Materia medica of Madras volume I
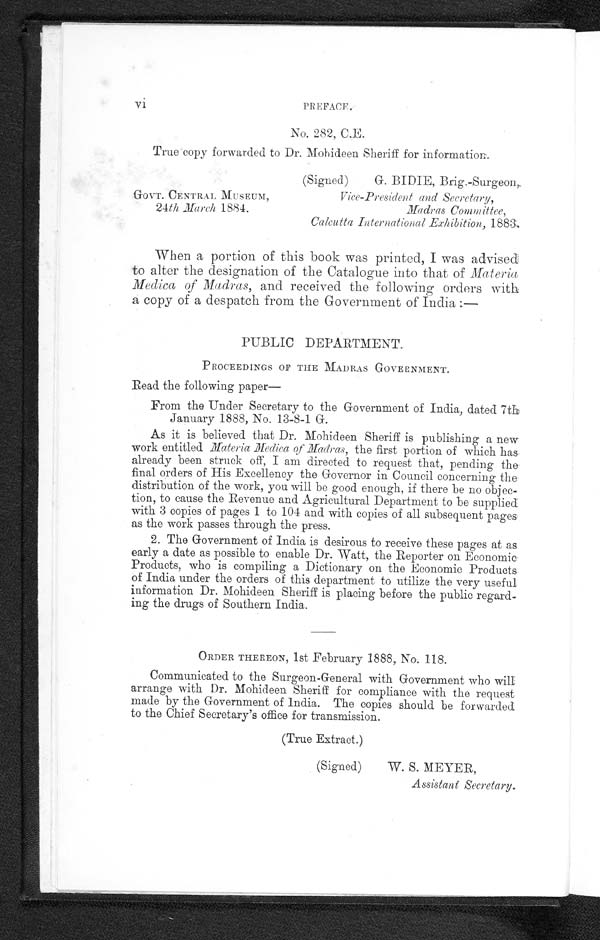
vi
PREFACE
.
No. 282, C.E.
True copy forwarded to Dr. Mohideen Sheriff for information.
GOVT. CENTRAL MUSEUM,
24th March 1884.
(Signed)
G. BIDIE, Brig.-Surgeon,
Vice-President and Secretary,
Madras Committee,
Calcutta International Exhibition, 1883;.
When a portion of this book was printed, I was advised
to alter the designation of the Catalogue into that of Materia
Medica of Madras, and received the following orders with
a copy of a despatch from the Government of India
: —
PUBLIC DEPARTMENT.
PROCEEDINGS OF THE MADRAS GOVERNMENT.
Read the following paper
From the Under Secretary to the Government of India, dated 7th
January 1888, No. 13-8-1 G.
As it is believed that Dr. Mohideen Sheriff is publishing a new
work entitled Materia Medial of Madras, the first portion of which has
already been struck off, I am directed to request that, pending the
final orders of His Excellency the Governor in Council concerning the
distribution of the work, you will be good enough, if there be no objec
- t i o n , t o c a u s e t h e R e v e n u e a n d A g r i c u l t u r a l D e p a r t m e n t t o b e s u p p l i e d
with 3 copies of pages 1 to 104 and with copies of all subsequent pages.
as the work passes through the press.
2. The Government of India is desirous to receive these pages at as
early a date as possible to enable Dr. Watt, the Reporter on Economic
Products, who is compiling a Dictionary on the Economic Products
of India under the orders of this department to utilize the very useful
information Dr. Mohideen Sheriff is placing before the public regard
- i n g t h e d r u g s o f S o u t h e r n I n d i a .
ORDER THEREON, 1st February 1888, No. 118.
Communicated to the Surgeon-General with Government who will
arrange with Dr. Mohideen Sheriff for compliance with the request
made by the Government of India. The copies should be forwarded
to the Chief Secretary's office for transmission.
(True Extract.)
(Signed)
W. S. MEYER,
Assistant Secretary.